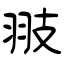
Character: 翄